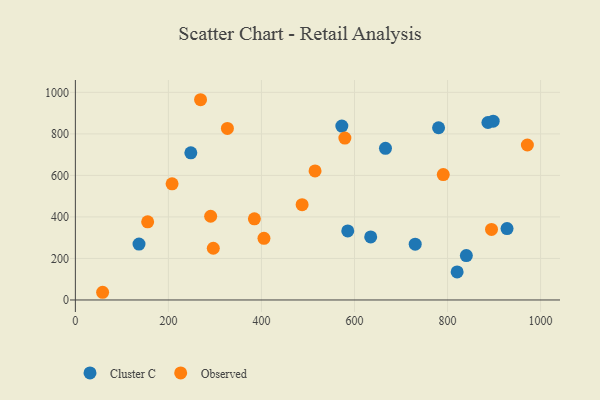
{"axis": {"x": "Speed", "y": "Salary"}, "legend": ["Cluster C", "Observed"], "data": [{"x": "248.2", "y": 708.7, "type": "Cluster C"}, {"x": "886.8", "y": 854.8, "type": "Cluster C"}, {"x": "730.5", "y": 268.9, "type": "Cluster C"}, {"x": "820.6", "y": 135.2, "type": "Cluster C"}, {"x": "927.9", "y": 344.0, "type": "Cluster C"}, {"x": "585.5", "y": 332.6, "type": "Cluster C"}, {"x": "780.7", "y": 829.4, "type": "Cluster C"}, {"x": "572.8", "y": 837.7, "type": "Cluster C"}, {"x": "666.6", "y": 730.5, "type": "Cluster C"}, {"x": "634.8", "y": 303.7, "type": "Cluster C"}, {"x": "840.4", "y": 213.8, "type": "Cluster C"}, {"x": "898.1", "y": 861.1, "type": "Cluster C"}, {"x": "136.8", "y": 269.1, "type": "Cluster C"}, {"x": "384.8", "y": 390.9, "type": "Observed"}, {"x": "207.9", "y": 559.3, "type": "Observed"}, {"x": "290.8", "y": 403.2, "type": "Observed"}, {"x": "296.5", "y": 249.1, "type": "Observed"}, {"x": "155.4", "y": 376.3, "type": "Observed"}, {"x": "790.8", "y": 604.1, "type": "Observed"}, {"x": "579.3", "y": 779.6, "type": "Observed"}, {"x": "326.8", "y": 826.2, "type": "Observed"}, {"x": "405.4", "y": 296.8, "type": "Observed"}, {"x": "515.2", "y": 621.8, "type": "Observed"}, {"x": "58.6", "y": 37.1, "type": "Observed"}, {"x": "971.6", "y": 746.5, "type": "Observed"}, {"x": "487.4", "y": 458.8, "type": "Observed"}, {"x": "269.1", "y": 964.5, "type": "Observed"}, {"x": "894.5", "y": 339.8, "type": "Observed"}]}